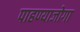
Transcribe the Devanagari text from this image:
पाहण्याजोगा